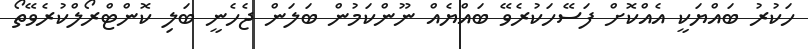
ހަކުރު ބައްޔަކީ އެއްކޮށް ފަސޭހަކުރެވޭ ބައްޔެއް ނޫންކަމުން ބަލަން ޖެހެނީ ބަލި ކޮންޓްރޯލްކުރެވޭތޯ